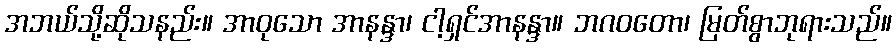
အဘယ်သို့ဆိုသနည်း။ အာဝုသော အာနန္ဒာ၊ ငါ့ရှင်အာနန္ဒာ။ ဘဂဝတော၊ မြတ်စွာဘုရားသည်။